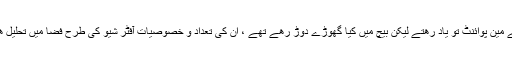
کتاب کے مین پوائنٹ تو یاد رھتے لیکن بیچ میں کیا گھوڑے دوڑ رھے تھے ، ان کی تعداد و خصوصیات آفٹر شیو کی طرح فضا میں تحلیل ھو جاتیں۔